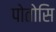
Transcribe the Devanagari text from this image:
पोतोसि